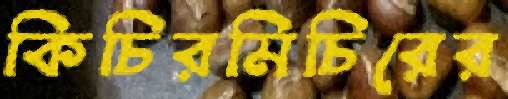
কিচিরমিচিরের